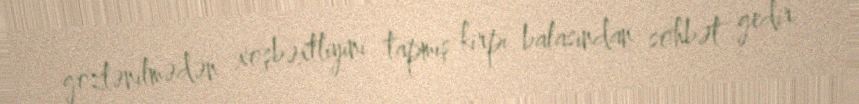
gözlənilmədən xoşbəxtliyini tapmış kirpi balasından söhbət gedir.